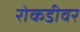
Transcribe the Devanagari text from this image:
रोकडीवर